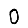
Digit: 0